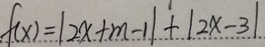
f ( x ) = \vert 2 x + m - 1 \vert + \vert 2 x - 3 \vert